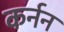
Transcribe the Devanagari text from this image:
कर्नन